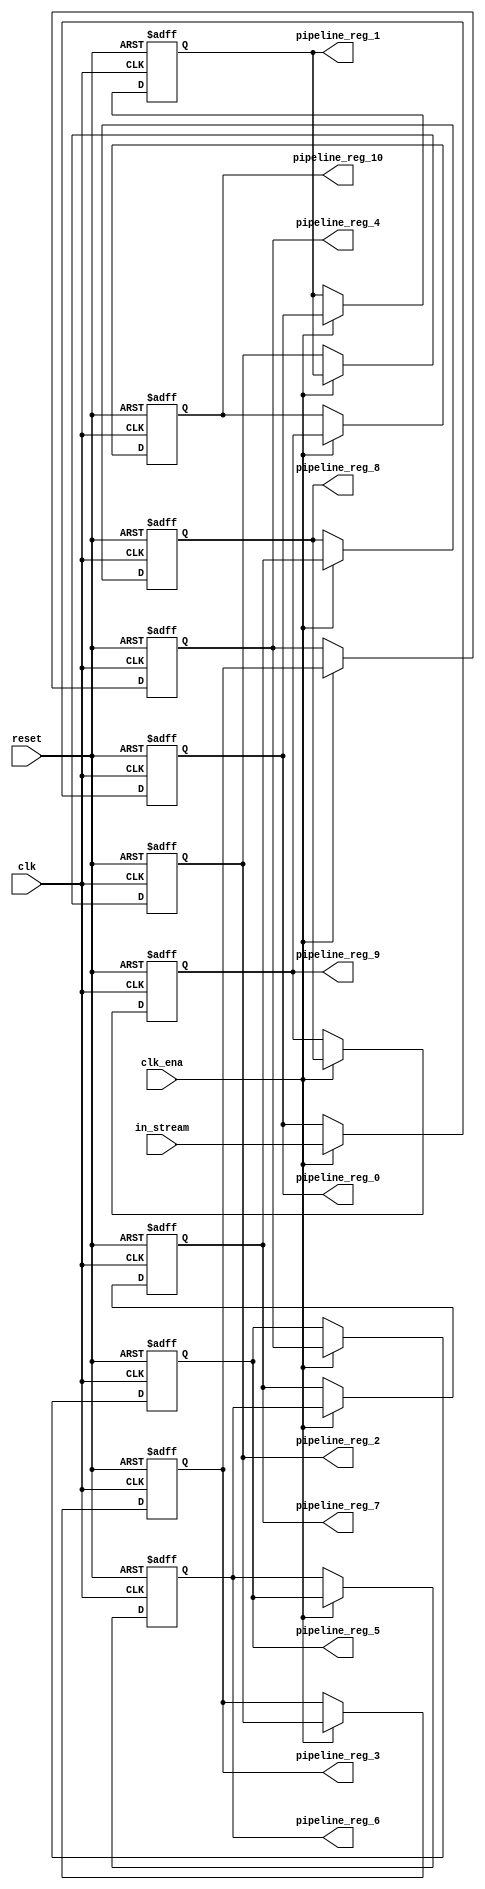
module input_pipeline_1 (
	clk,
	clk_ena,
	in_stream,
	pipeline_reg_0,
	pipeline_reg_1,
	pipeline_reg_2,
	pipeline_reg_3,
	pipeline_reg_4,
	pipeline_reg_5,
	pipeline_reg_6,
	pipeline_reg_7,
	pipeline_reg_8,
	pipeline_reg_9,
	pipeline_reg_10,
	reset);
	parameter WIDTH = 1;
	input clk;
	input clk_ena;
	input [WIDTH-1:0] in_stream;
	output [WIDTH-1:0] pipeline_reg_0;
	output [WIDTH-1:0] pipeline_reg_1;
	output [WIDTH-1:0] pipeline_reg_2;
	output [WIDTH-1:0] pipeline_reg_3;
	output [WIDTH-1:0] pipeline_reg_4;
	output [WIDTH-1:0] pipeline_reg_5;
	output [WIDTH-1:0] pipeline_reg_6;
	output [WIDTH-1:0] pipeline_reg_7;
	output [WIDTH-1:0] pipeline_reg_8;
	output [WIDTH-1:0] pipeline_reg_9;
	output [WIDTH-1:0] pipeline_reg_10;
	reg [WIDTH-1:0] pipeline_reg_0;
	reg [WIDTH-1:0] pipeline_reg_1;
	reg [WIDTH-1:0] pipeline_reg_2;
	reg [WIDTH-1:0] pipeline_reg_3;
	reg [WIDTH-1:0] pipeline_reg_4;
	reg [WIDTH-1:0] pipeline_reg_5;
	reg [WIDTH-1:0] pipeline_reg_6;
	reg [WIDTH-1:0] pipeline_reg_7;
	reg [WIDTH-1:0] pipeline_reg_8;
	reg [WIDTH-1:0] pipeline_reg_9;
	reg [WIDTH-1:0] pipeline_reg_10;
	input reset;
	always@(posedge clk or posedge reset) begin
		if(reset) begin
			pipeline_reg_0 <= 0;
			pipeline_reg_1 <= 0;
			pipeline_reg_2 <= 0;
			pipeline_reg_3 <= 0;
			pipeline_reg_4 <= 0;
			pipeline_reg_5 <= 0;
			pipeline_reg_6 <= 0;
			pipeline_reg_7 <= 0;
			pipeline_reg_8 <= 0;
			pipeline_reg_9 <= 0;
			pipeline_reg_10 <= 0;
		end else begin
			if(clk_ena) begin
				pipeline_reg_0 <= in_stream;
				pipeline_reg_1 <= pipeline_reg_0;
				pipeline_reg_2 <= pipeline_reg_1;
				pipeline_reg_3 <= pipeline_reg_2;
				pipeline_reg_4 <= pipeline_reg_3;
				pipeline_reg_5 <= pipeline_reg_4;
				pipeline_reg_6 <= pipeline_reg_5;
				pipeline_reg_7 <= pipeline_reg_6;
				pipeline_reg_8 <= pipeline_reg_7;
				pipeline_reg_9 <= pipeline_reg_8;
				pipeline_reg_10 <= pipeline_reg_9;
			end 
		end
	end
endmodule